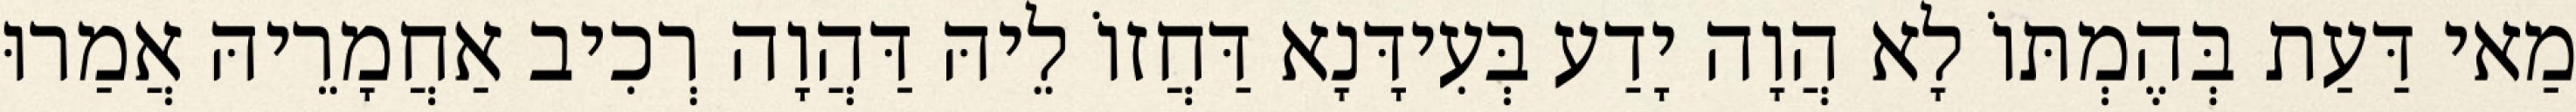
מַאי דַּעַת בְּהֶמְתּוֹ לָא הֲוָה יָדַע בְּעִידָּנָא דַּחֲזוֹ לֵיהּ דַּהֲוָה רְכִיב אַחֲמָרֵיהּ אֲמַרוּ